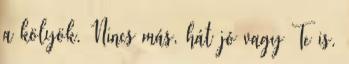
a kölyök. Nincs más, hát jó vagy Te is.